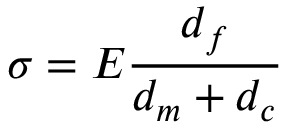
\sigma = E { \frac { d _ { f } } { d _ { m } + d _ { c } } }